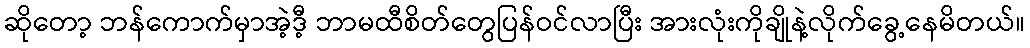
ဆိုတော့ ဘန်ကောက်မှာအဲ့ဒီ့ ဘာမထီစိတ်တွေပြန်ဝင်လာပြီး အားလုံးကိုချိုနဲ့လိုက်ခွေ့နေမိတယ်။